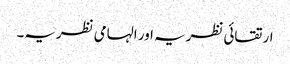
ارتقائی نظریہ اور الہامی نظریہ۔